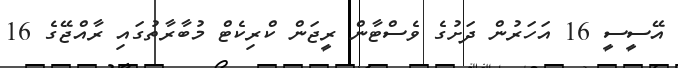
އޭސީސީ 16 އަހަރުން ދަށުގެ ވެސްޓާން ރީޖަން ކްރިކެޓް މުބާރާތުގައި ރާއްޖޭގެ 16